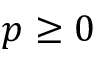
p \ge 0